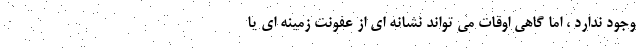
وجود ندارد ، اما گاهی اوقات می تواند نشانه ای از عفونت زمینه ای یا